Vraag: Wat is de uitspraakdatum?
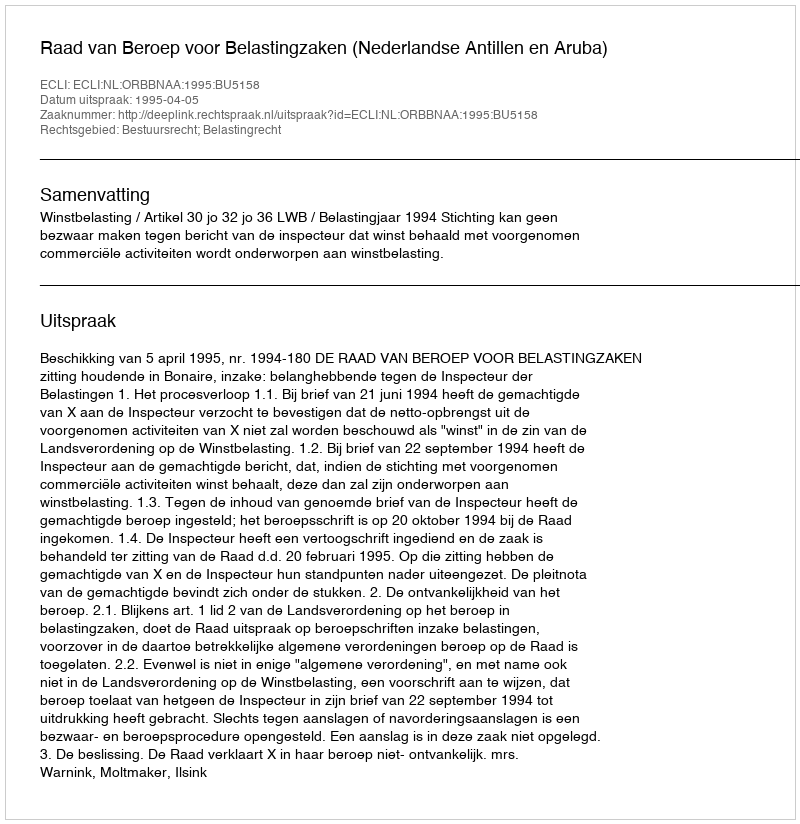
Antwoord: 1995-04-05